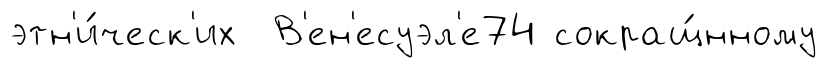
этн'и́ческ'их В'ен'есуэл'е74 сокращ́нному